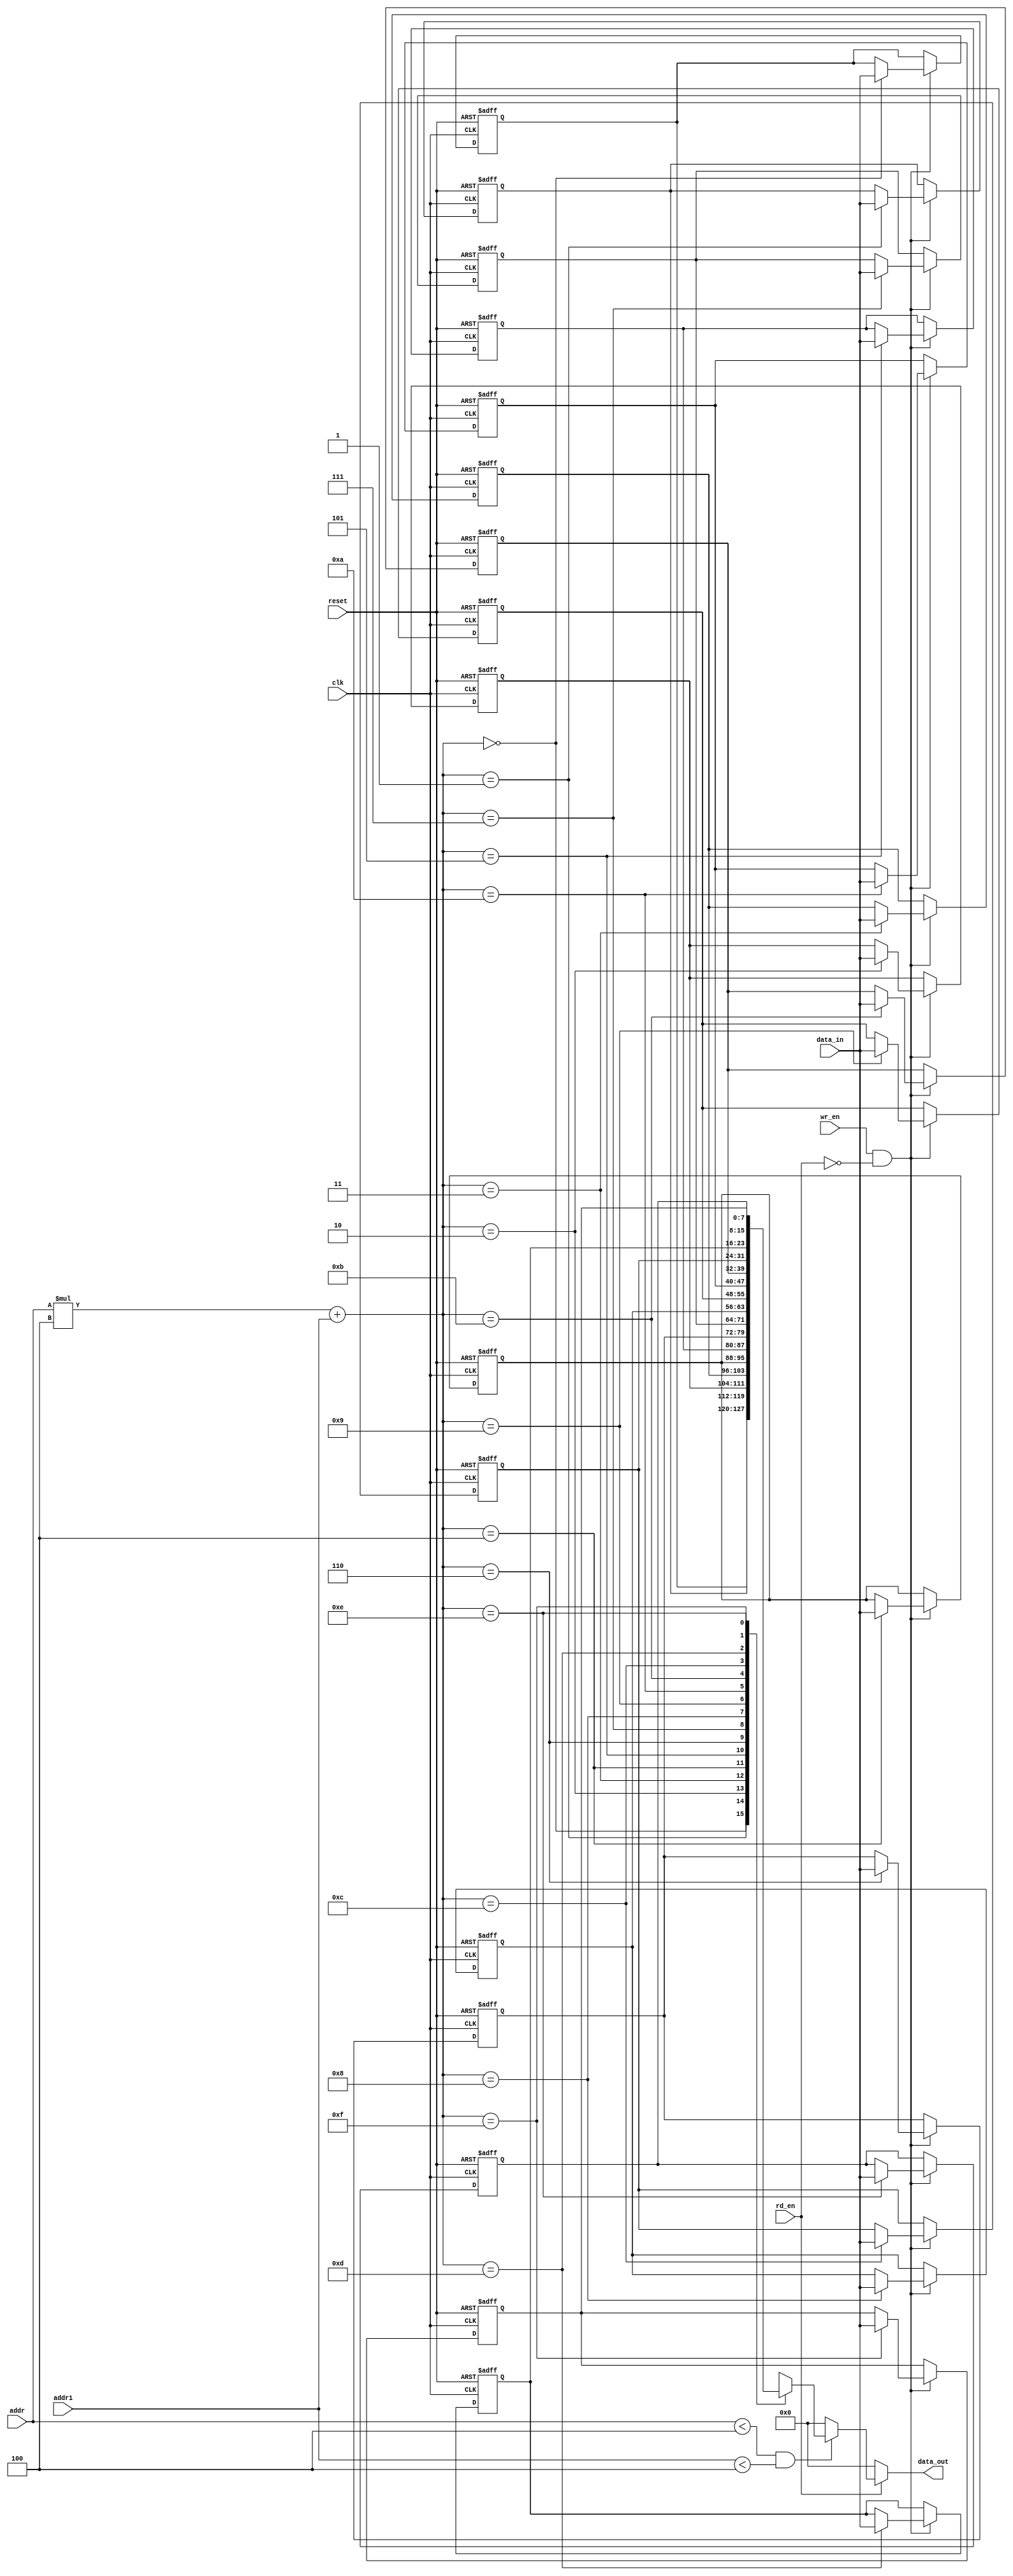
`timescale 1ns / 1ps
//////////////////////////////////////////////////////////////////////////////////
// Company: 
// Engineer: 
// 
// Design Name: 
// Module Name: Mem2
// Project Name: 
// Target Devices: 
// Tool Versions: 
// Description: 
// 
// Dependencies: 
// 
// Revision:
// Revision 0.01 - File Created
// Additional Comments:
// 
//////////////////////////////////////////////////////////////////////////////////


module Mem2(
input clk,
input reset,
input rd_en,
input wr_en,
input [2:0] addr,
input [2:0] addr1,
input [7:0] data_in,
output reg [7:0] data_out
);

integer i;
integer j;

reg [7:0] mem [0:3][0:3];
always @ (posedge clk or negedge reset)
begin
    if( !reset )
    begin
        for(i=0;i<4;i=i+1)
        begin
            for(j=0;j<4;j=j+1)
            begin
                mem[i][j] <= 0;
            end
        end
    end
    else
    begin
        if(wr_en && (!rd_en))
        begin
            mem[addr][addr1] <= data_in;
        end
    end
end
always @ (*)
begin
    if(rd_en)
    begin
        data_out = ((addr < 4) && (addr1 < 4)) ? mem[addr][addr1] : 0;
    end
    else
    begin
        data_out = 0;
    end
end
endmodule